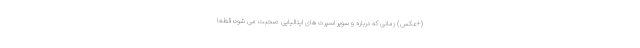
(+عکس) زمانی که درباره و سوپر اسپرت های ایتالیایی صحبت می شود؛ قطعا